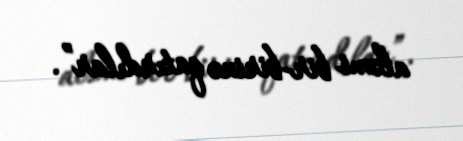
aləmi bir-birinə qatırdılar”.